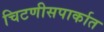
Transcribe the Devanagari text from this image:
चिटणीसपार्कात